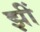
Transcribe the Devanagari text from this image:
झीं